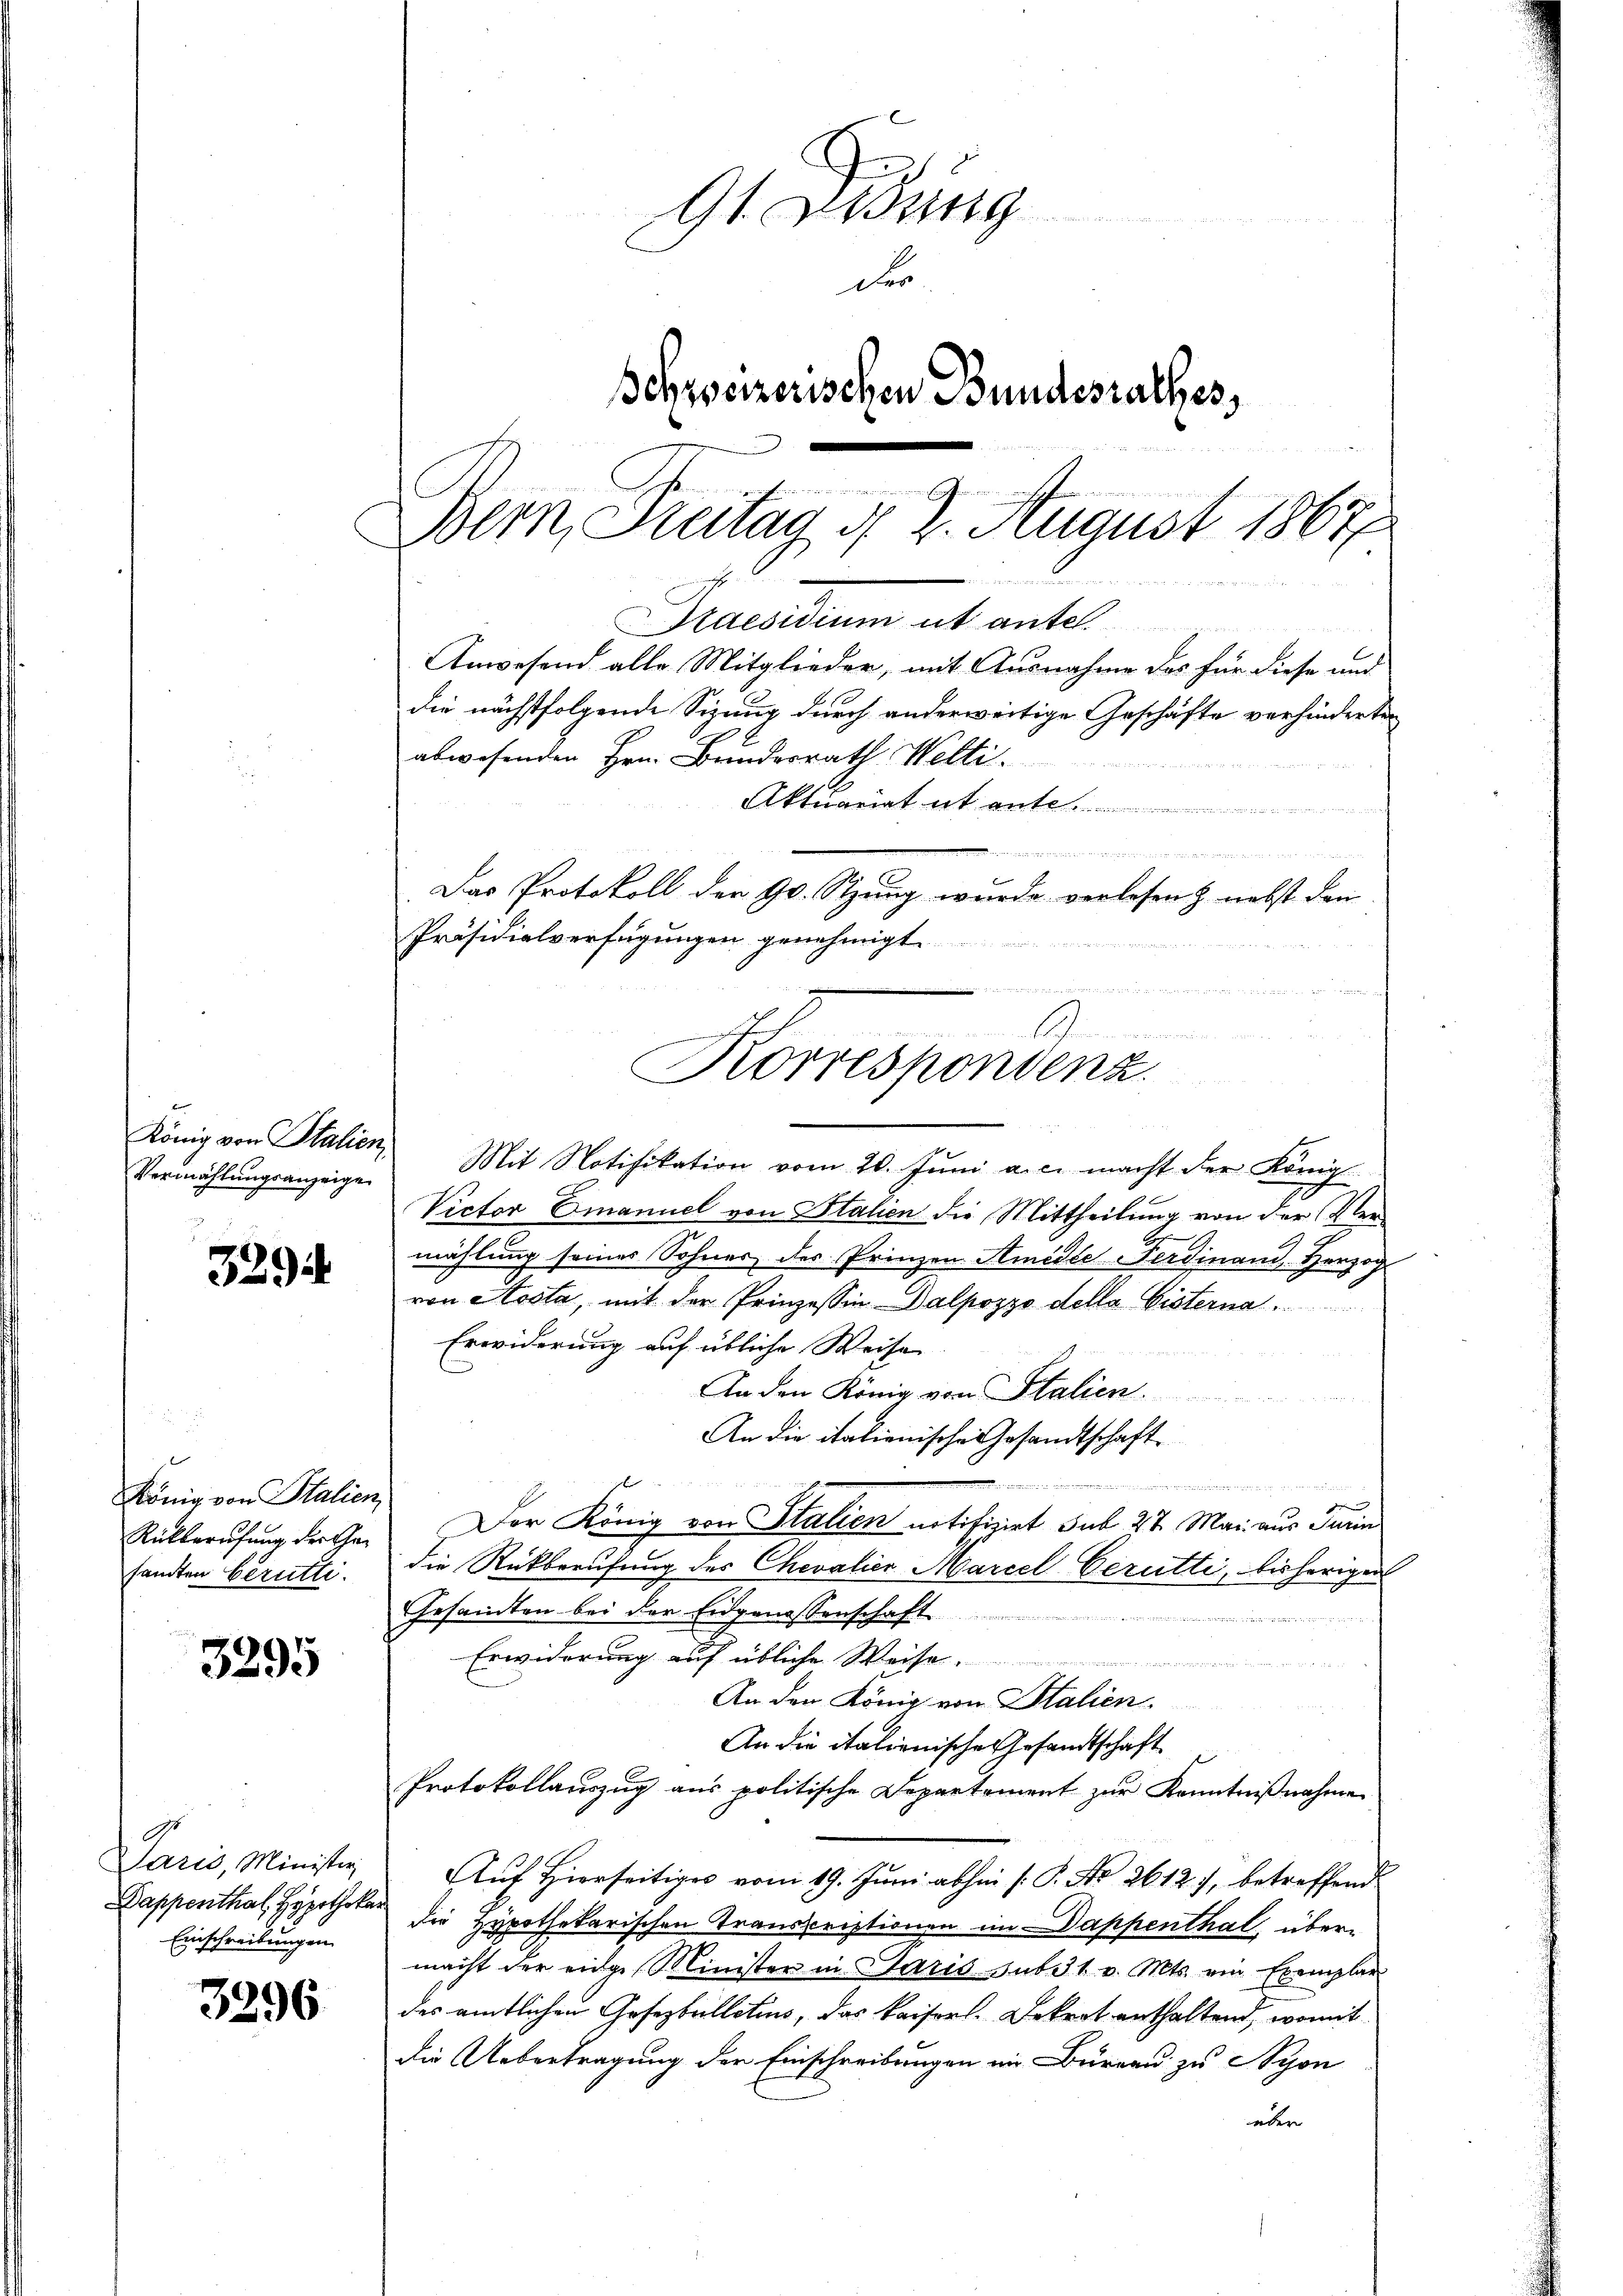
König von Italien
Vermählungsanzeige

329

König von Stalien
Rückberufung der Gesandten berutti.

3295

Paris, Minister
Dappenthal, Hypotheka
Einschreibungen.

3296

9t. Lesung
Dr
Schweizerischen Bundesrathes,
Mu
Bern, Stenag § 2. August 1867
.
Praesidium ut antel
Anwesend alle Mitglieder, mit Ausnahme des für diese und
die nächstfolgende Sizung durch anderweitige Geschäfte verhinderten
abwesenden Hrn. Bundesrath Welti.

Aktuariat it ent

Das Protokoll der 90. Stzung wurde verlesen & nebst den
Präsidialverfügungen genehmigt.
e

u
m
Gemeinen
k
Korrespondenz.

Mit Notifikation vom 20. Jŭni a.c. macht der Königl.
Victor Emanuel von Stalien die Mittheilung von der Vermählung seines Sohnes des Prinzen Amidte Ferdinand, Herzog
von Aosta, mit der Prinzessin-Valpozzo della Eisterna
Erwiderung auf übliche Weise
An den König von Stalien.
An die italienische Gesandtschaft
e
Der König von Stalien notificirt sub 27. Mai aus Turn
die Rückberufung des Chevalier Marcel Cerutti, bisherigen
Gesandten bei der Eidgenossenschaft
uiendii d. 27
Erwiderung auf übliche Weise.
 u war her
An den König von Stalien.

An die italienische Gesandtschaft
Protokollauszug aus politische Departement zur Kenntniβnahme
Auf Hierseitiges vom 19. Juni abhin [P. No 2612), betreffend
die Hypothekarischen Transcriptionen im Dappenthal, übermacht der einge Minister in Paris subst v. Mts. ein Exemplar
des amtlichen Gesezbulletius, das Kaisers. Dekret enthaltend, womit
Die Uebertragung der Einschreibungen im Büreau zu Nyon
über